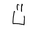
Letter: _ta